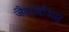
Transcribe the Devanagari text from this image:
जैकोबीअस